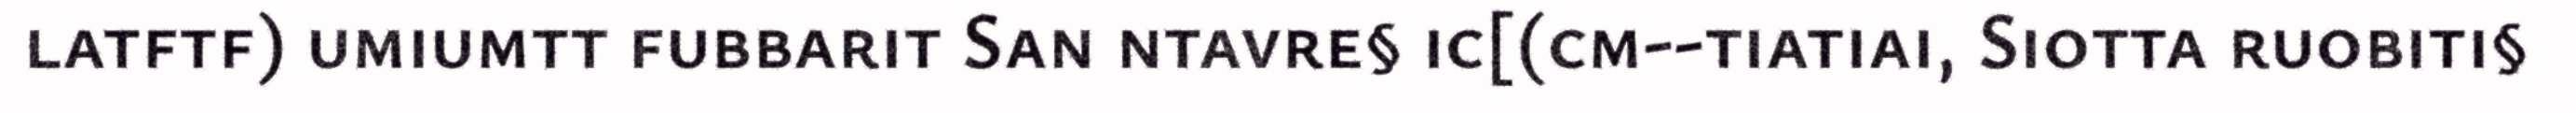
latftf) umiumtt fubbarit San ntavre§ ic[(cm--tiatiai, Siotta ruobiti§